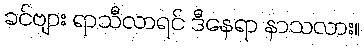
ခင်ဗျား ရာသီလာရင် ဒီနေရာ နာသလား။